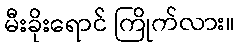
မီးခိုးရောင် ကြိုက်လား။